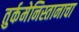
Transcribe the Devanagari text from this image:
तुर्कमेनिस्तानाचा